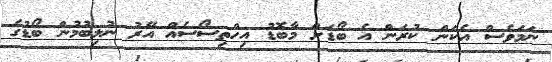
ނަމަވެސް އެކަން ކުރަން އެ ބޯޑަށް މާބޮޑު އިހްތިސޯސެއް އޭރު ނުލިބުމުން ބޯޑުގެ